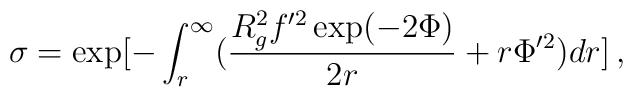
\sigma=\exp[ - \int_r^{\infty} (\frac{R_g^2 f'^2 \exp(-2\Phi)}{2r}+r \Phi'^2)dr]\, ,